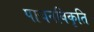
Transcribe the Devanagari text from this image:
पाचनविकृति